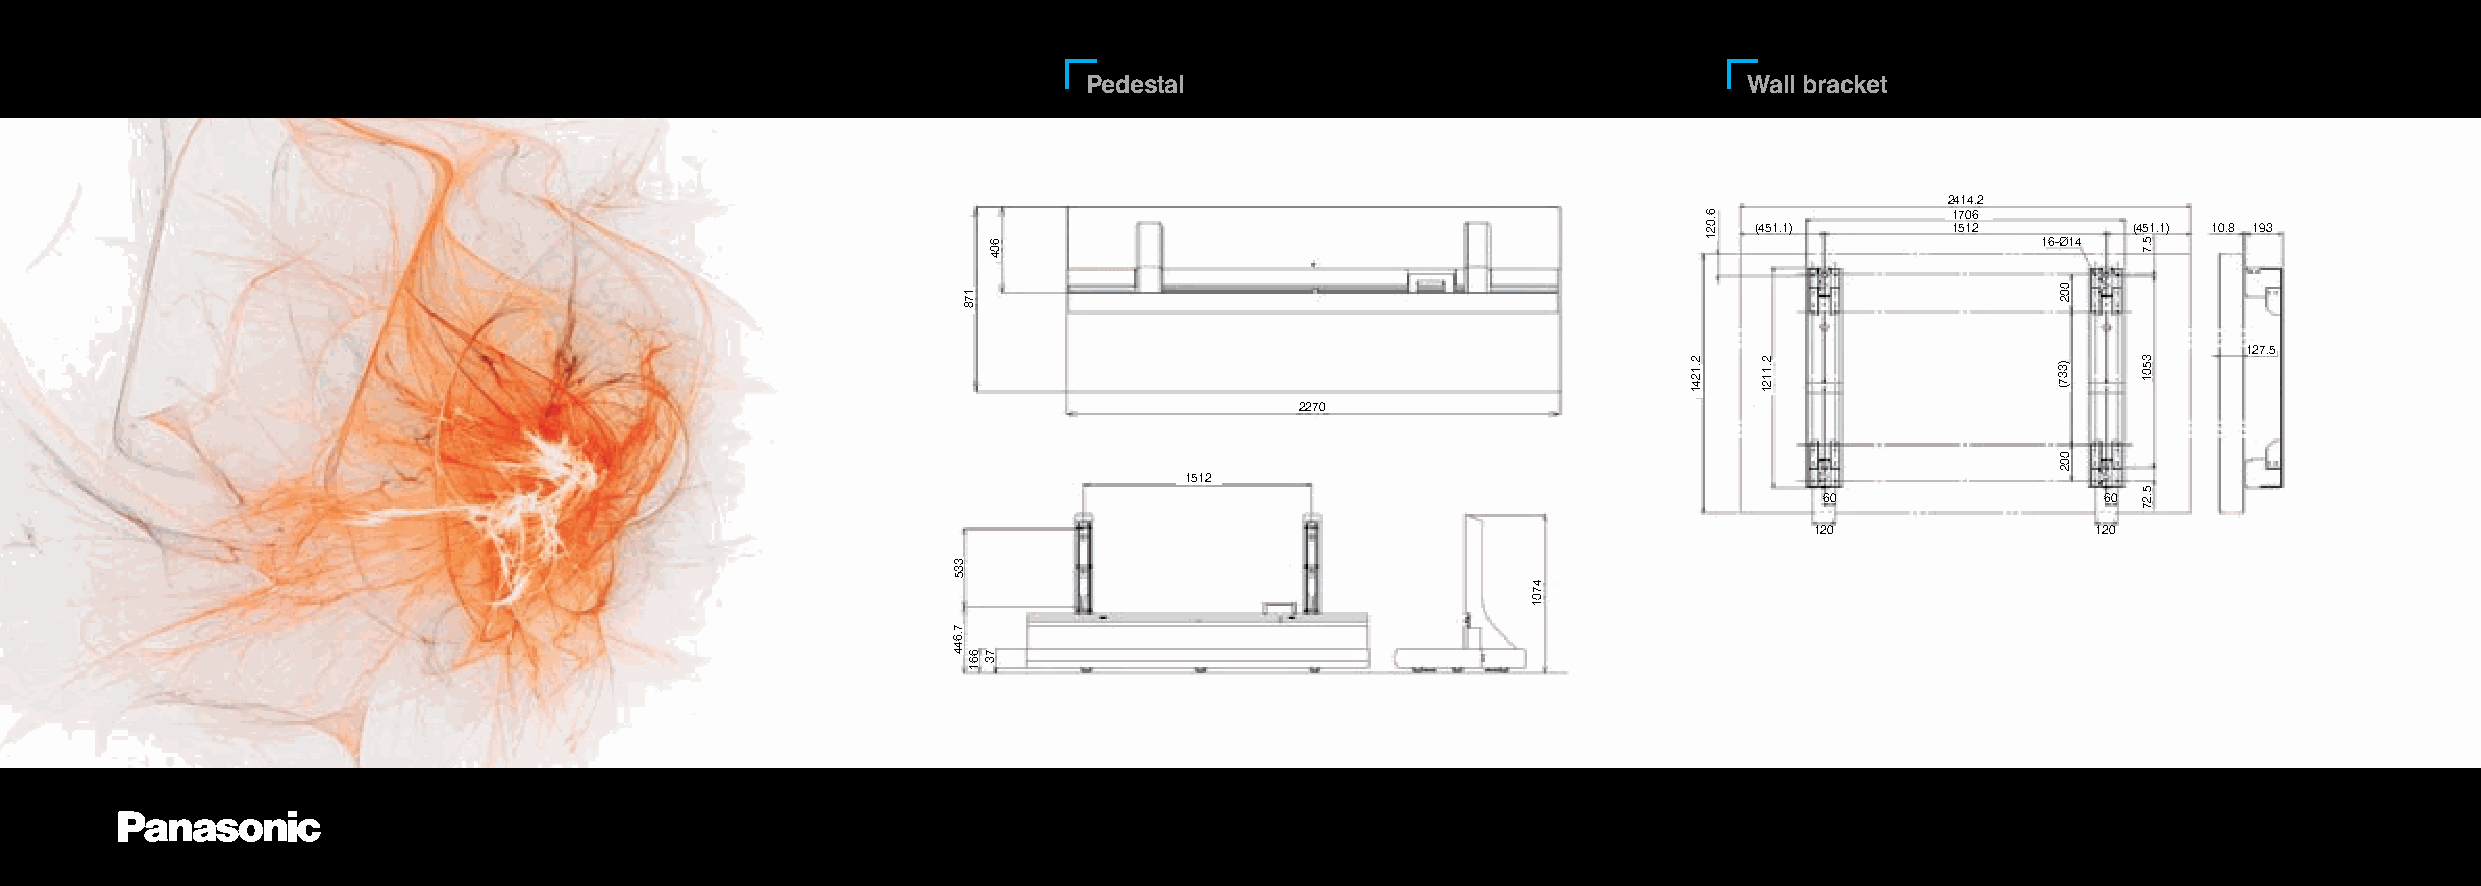
Pedestal                                    Wall bracket
 ������
 ����
 �������      ����        ������� ���� ���
 ������
 �����
 ����
 ��������
 ��                ��
 ���                ���
 ���
 �����
 ���
 ���
 ���
 ��
 ����
 ������
 �����
 ������
 ���
 �����
 ���
 ���
 ����
 ����